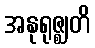
အနုရုဇ္ဈတိ